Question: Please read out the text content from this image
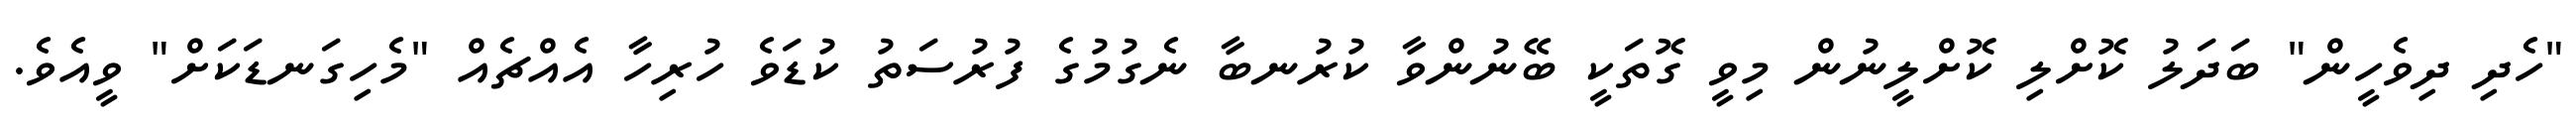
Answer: "ހެދި ދިވެހީން" ބަދަލު ކޮށްލި ކޮށްލީނުން މިވީ ގޮތަކީ ބޭނުންވާ ކުރުނބާ ނެގުމުގެ ފުރުސަތު ކުޑަވެ ހުރިހާ އެއްޗެއް "މެހިގަނޑަކަށް" ވީއެވެ.